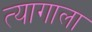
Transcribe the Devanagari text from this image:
त्यागाला